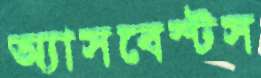
অ্যাসবেস্টস